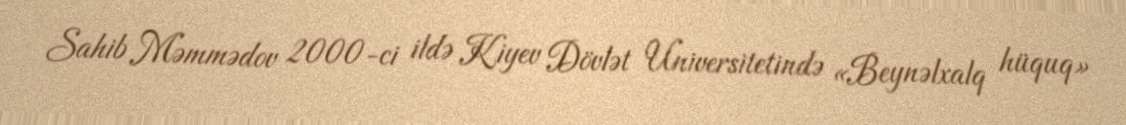
Sahib Məmmədov 2000-ci ildə Kiyev Dövlət Universitetində «Beynəlxalq hüquq»